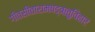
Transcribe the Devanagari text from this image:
गीतसीतारामषड्ऋतुविहार